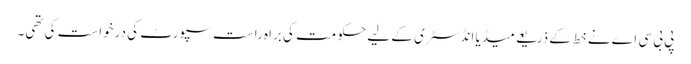
پی بی سی اے نے خط کے ذریعے میڈیا انڈسٹری کے لیے حکومت کی براہ راست سپورٹ کی درخواست کی تھی۔